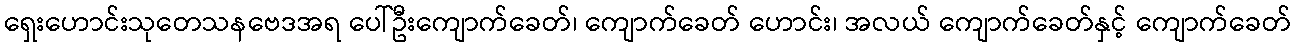
ရှေးဟောင်းသုတေသနဗေဒအရ ပေါ်ဦးကျောက်ခေတ်၊ ကျောက်ခေတ် ဟောင်း၊ အလယ် ကျောက်ခေတ်နှင့် ကျောက်ခေတ်